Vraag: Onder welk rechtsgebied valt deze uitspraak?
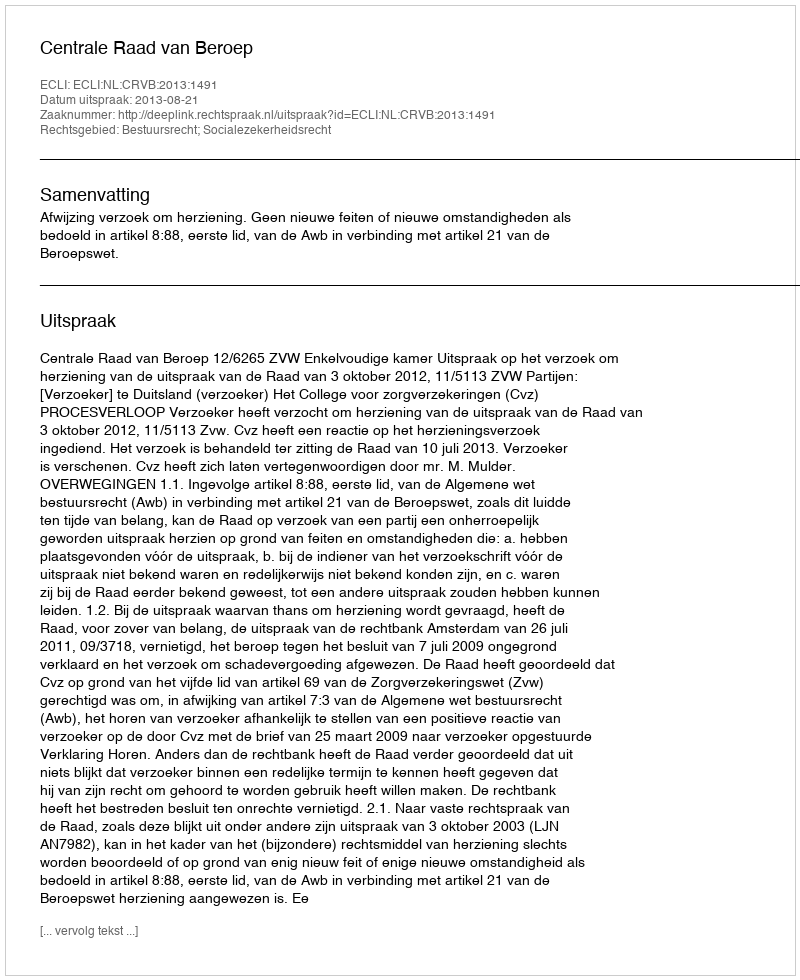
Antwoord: Bestuursrecht; Socialezekerheidsrecht